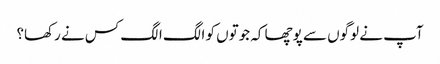
آپ نے لوگوں سے پوچھا کہ جوتوں کو الگ الگ کس نے رکھا؟